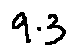
9 . 3